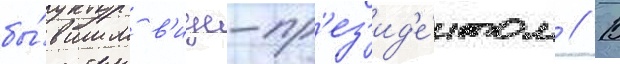
бы́вшим в'ице-пр'ез'ид'е́нтом // В